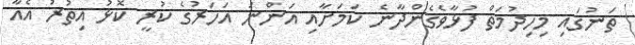
ތަނުގައި މިހިދުމަތް ފުޅާވެގެންދާނެ ކަމަށާއި އަންނަ އަހަރުގެ ކުރީ ކޮޅު އިތުރު އެއާ